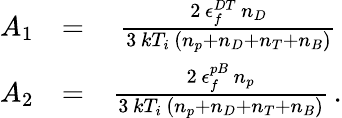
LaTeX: \begin{array}{rlr}{A_{1}}&{=}&{\frac{2\, \epsilon_{f}^{DT}\, n_{D}}{3\, kT_{i}\, \left(n_{p}+n_{D}+n_{T}+n_{B}\right)}\, }\\ {A_{2}}&{=}&{\frac{2\, \epsilon_{f}^{pB}\, n_{p}}{3\, kT_{i}\, \left(n_{p}+n_{D}+n_{T}+n_{B}\right)}\, .}\end{array}